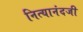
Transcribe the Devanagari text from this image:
नित्यानंदजी